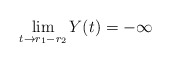
\begin{align*}\lim_{t \to r_1-r_2} Y(t) = -\infty\end{align*}